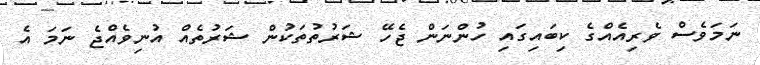
ނަމަވެސް ވެރިއެއްގެ ކިބައިގައި ހުންނަން ޖެހޭ ޝަރުތުތަކުން ޝަރުތެއް އުނިވެއްޖެ ނަމަ އެ